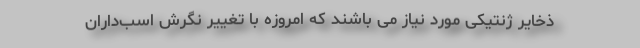
ذخایر ژنتیکی مورد نیاز می باشند که امروزه با تغییر نگرش اسب‌داران